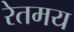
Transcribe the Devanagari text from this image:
रेतमय